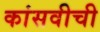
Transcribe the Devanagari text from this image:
कांसवीची